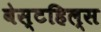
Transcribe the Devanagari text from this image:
वेस्टहिल्स